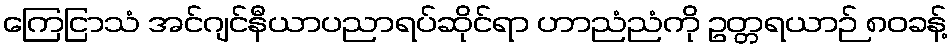
ကြေငြာသံ အင်ဂျင်နီယာပညာရပ်ဆိုင်ရာ ဟာညံညံကို ဥတ္တရယာဉ် ၈၀ခန့်